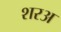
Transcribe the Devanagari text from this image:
शरअ